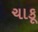
ચાકૂ